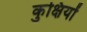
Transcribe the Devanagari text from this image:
कुक्षियों